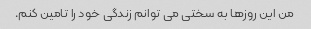
من این روزها به سختی می توانم زندگی خود را تامین کنم.